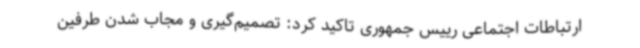
ارتباطات اجتماعی رییس جمهوری تاکید کرد: تصمیم‌گیری و مجاب شدن طرفین